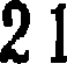
2 1